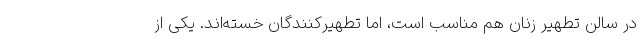
در سالن تطهیر زنان هم مناسب است، اما تطهیرکنندگان خسته‌اند. یکی از